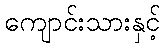
ကျောင်းသားနှင့်